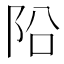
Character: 𨸮